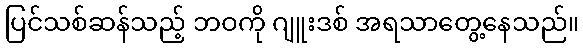
ပြင်သစ်ဆန်သည့် ဘဝကို ဂျူးဒစ် အရသာတွေ့နေသည်။